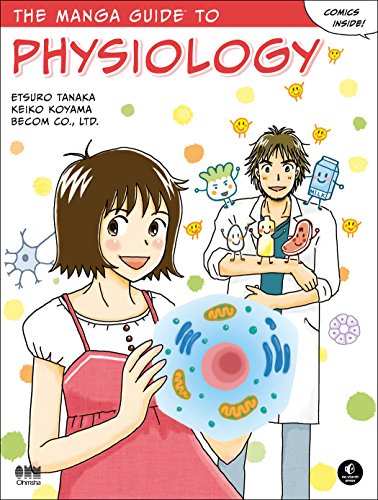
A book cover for The Manga Guide to Physiology; Etsuro Tanaka; Comics & Graphic Novels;